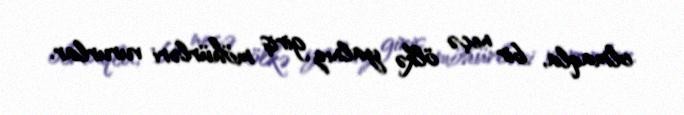
olmaqla, bir neçə ölkə yalnız giriş möhürləri vururlar.